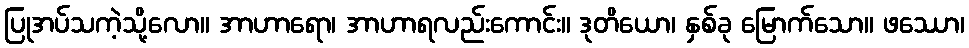
ပြုအပ်သကဲ့သို့လော။ အာဟာရော၊ အာဟာရလည်းကောင်း။ ဒုတိယော၊ နှစ်ခု မြောက်သော။ ဖဿော၊